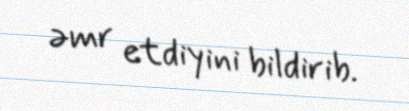
əmr etdiyini bildirib.